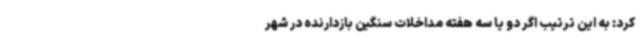
کرد: به این ترتیب اگر دو یا سه هفته مداخلات سنگین بازدارنده در شهر